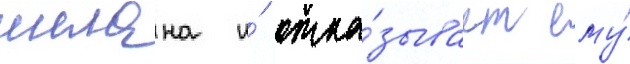
шелана и́ отка́зывает ему́